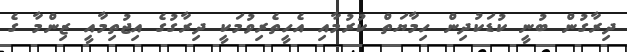
ދިރާގުން ބުނީ ކުޑަކުދިން ހިމާޔަތް ކުރުމާއި އެހީތެރިވުމަކީ ދިރާގުގެ އިޖުތިމާއީ ޒިންމާ ގެ